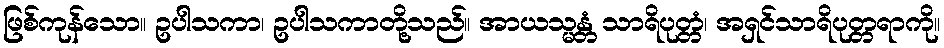
ဖြစ်ကုန်သော။ ဥပါသကာ၊ ဥပါသကာတို့သည်။ အာယသ္မန္တံ သာရိပုတ္တံ၊ အရှင်သာရိပုတ္တရာကို။